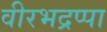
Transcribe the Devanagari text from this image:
वीरभद्रप्पा